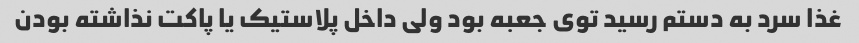
غذا سرد به دستم رسید توی جعبه بود ولی داخل پلاستیک یا پاکت نذاشته بودن